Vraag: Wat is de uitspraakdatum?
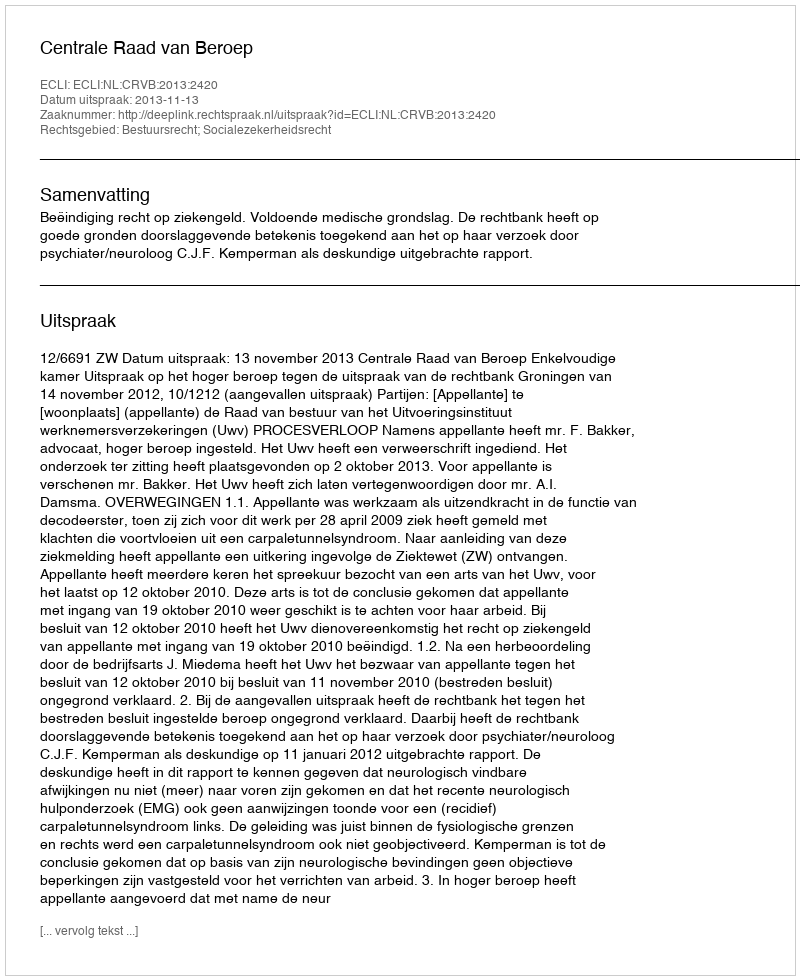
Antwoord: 2013-11-13